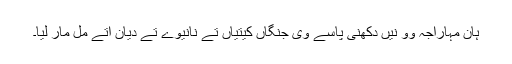
ہان مہاراجہ وو نیں دکھنی پاسے وی جنگاں کیتیاں تے نانیوے تے دیان اتے مل مار لیا۔